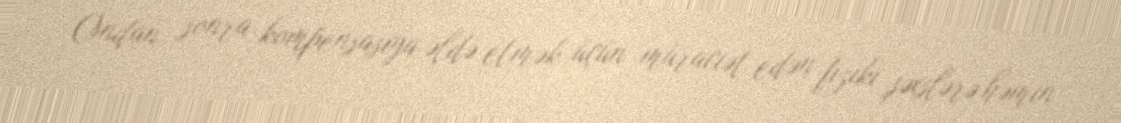
Ondan sonra kompensasiya əldə etmək üçün müraciət edən fiziki şəxslərə həmin